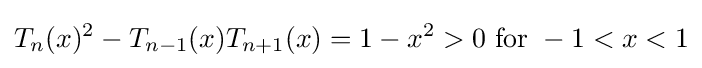
T_{n}(x)^{2}-T_{n-1}(x)T_{n+1}(x)=1-x^{2}>0\ {\text{for}}\ -1<x<1